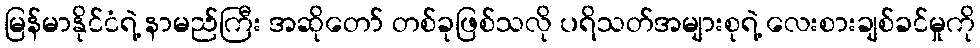
မြန်မာနိုင်ငံရဲ့ နာမည်ကြီး အဆိုတော် တစ်ခုဖြစ်သလို ပရိသတ်အများစုရဲ့ လေးစားချစ်ခင်မှုကို